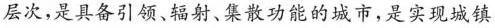
层次，是具备引领、辐射、集散功能的城市，是实现城镇